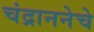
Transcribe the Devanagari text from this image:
चंद्राननेचे